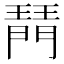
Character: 𤩟